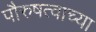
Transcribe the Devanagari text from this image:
पौरुषत्वाच्या